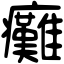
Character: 癱